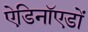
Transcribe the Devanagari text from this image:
ऐडिनॉएडों